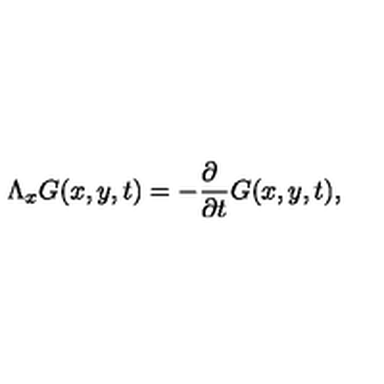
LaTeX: \Lambda _ { x } G ( x , y , t ) = - \frac { \partial \phantom { t } } { \partial t } G ( x , y , t ) ,